King Institute of Preventive Medicine Micro-Biological Section reports 1912-19
Year: 1912
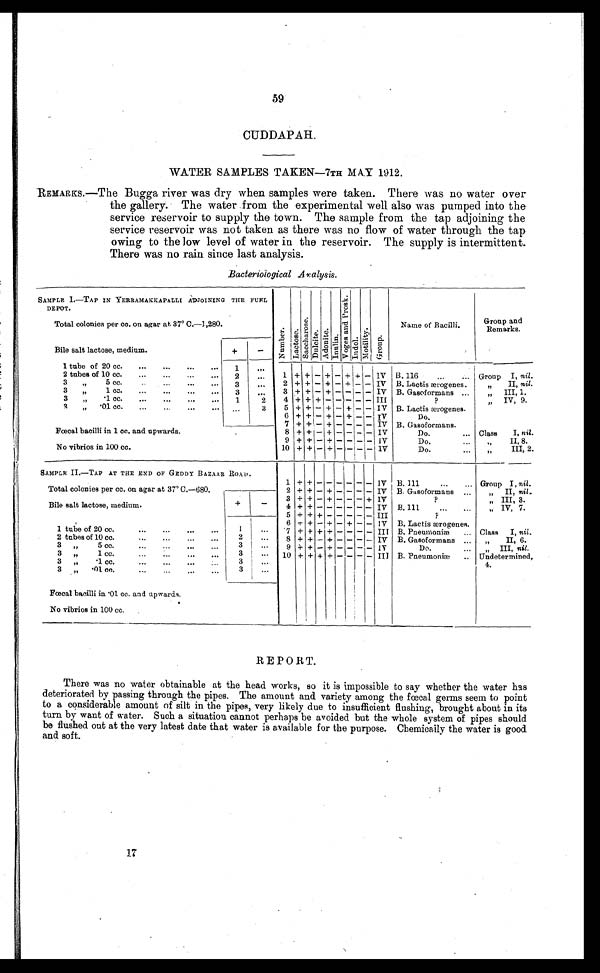
59
CUDDAPAH.
WATER SAMPLES TAKEN—7TH MAY 1912.
REMARKS.—The Bugga river was dry when samples were taken. There was no water over
the gallery. The water from the experimental well also was pumped into the
service reservoir to supply the town. The sample from the tap adjoining the
service reservoir was not taken as there was no flow of water through the tap
owing to the low level of water in the reservoir. The supply is intermittent.
There was no rain since last analysis.
Bacteriological Analysis.
SAMPLE I.—TAP IN YERRAMAKKAPALLI ADJOINING THE FUEL
DEPOT.
Nu mb e r .
L a c t o s e .
S a c c h a r o s e .
Du l c i t e .
Ad o n i t e . I n n l i n .
V o g e s a n d P r o s k .
Indol.
Mo t i l i t y
Group.
Total colonies per cc. on agar at 37° C.—1,280.
Name of Bacilli.
Group and
Remarks.
Bile salt lactose, medium.
+
-
1 tube of 20 cc. ...
...
...
...
1
. . .
2 tubes of 10 cc.
...
...
.,.
...
2
. . .
1 + + - + - + I + - IV B. 116
...
...
Group I, nil.
3
„
5 cc.
..
3
. . .
2 + + - + - + - - IV B. Lactis ærogenes.
,, II, nil.
3 , , . 1 c c
3
. . .
3 + + - + - - - - IV B. Gasoformans ...
„
III, 1.
3 „
.1 cc. ... ... ... ...
1
2
4 + + + - - - - - III
?
„
IV, 9.
1 „ .01 cc. ...
..
...
...
3
5 + + - + - + - - IV B. Lactis ærogenes.
...
6 + + - + - + - - IV
Do,
7 + + - + - -
+-
- - - IV B. Gasoformans,
Fœcal bacilli in 1 cc. and upwards.
8 + + - + - - - - IV
Do.
... Class I, nil.
9 + + - + - - - - 1V
Do.
„ II, 8.
No vibrios in 100 cc.
10 + + - + - - -
- 1V
Do.
.
„
III, 2.
SAMPLE II.—TAP AT THE END OF GEDDY BAZAAR ROAD.
1 + + - - - - - - IV B. 111
... Group I, nil.
Total colonies per cc. on agar at 37º C.—680.
2 + + - + - - - - IV B. Gasoformans
)1 II, nil.
3 + + - + - - - + IV
?
„ III, 3.
Bile salt lactose, medium.
+
-
4 +
+
- - - - - - IV B. 111
...
...
,,
„ IV, 7.
5 + + + - - - - - III
?
6 + + - + - + - - IV B. Lactis ærogenes.
1 tube of 20 cc.
...
...
...
...
1
. . .
7 + + + +
- - - III B. Pneumoniæ Class I, nil.
2 tubes of 10 cc.
...
...
...
... 2
8 + + - + - - - - IV B. Gasoformans
„ II, 6.
3
„
5 cc.
...
...
...
...
. . .
9 + + - + - - -
- IV
Do.
„ III, nil.
3
„
1 cc.
...
... ...
3
. . . 10 + + + + - - - - III B. Pneumoniæ . . Undetermined,
4.
3 „
.1 cc. ... ... ...
3
. . .
3 „ .01 cc.
...
.
...
3
. . .
Fœcal bacilli in .01 cc. and upwards.
No vibrios in 100 cc.
REPORT.
There was no water obtainable at the head works, so it is impossible to say whether the water has
deteriorated by passing through the pipes. The amount and variety among the fœcal germs seem to point
to a considerable amount of silt in the pipes, very likely due to insufficient flushing, brought about in its
turn by want of water. Such a situation cannot perhaps be avoided but the whole system of pipes should
be flushed out at the very latest date that water is available for the purpose. Chemically the water is good
and soft.
17